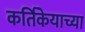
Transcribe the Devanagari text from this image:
कर्तिकेयाच्या